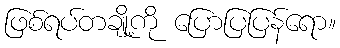
ဖြစ်ရပ်တချို့ကို ပြောပြပြန်ရော။